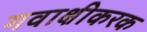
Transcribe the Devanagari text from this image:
गवाक्षीकरक